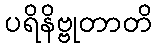
ပရိနိဗ္ဗုတာတိ